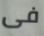
فى